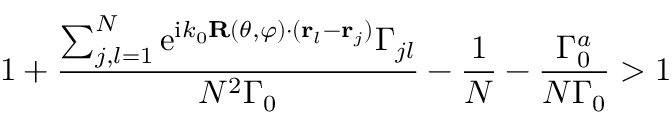
1 + \frac { \sum _ { j , l = 1 } ^ { N } \mathrm { e } ^ { \mathrm { i } k _ { 0 } \mathbf { R } ( \theta , \varphi ) \cdot ( { \bf r } _ { l } - { \bf r } _ { j } ) } \Gamma _ { j l } } { N ^ { 2 } \Gamma _ { 0 } } - \frac { 1 } { N } - \frac { \Gamma _ { 0 } ^ { a } } { N \Gamma _ { 0 } } > 1